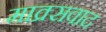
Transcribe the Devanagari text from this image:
माक्र्सवाद